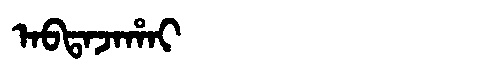
Manchu: ᠠᠪᡨᠠᠵᠠᡥᠠᡳ
Romanization: ABTAJAHAI